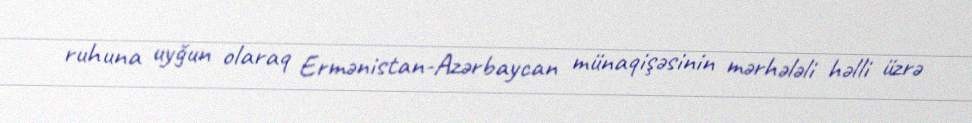
ruhuna uyğun olaraq Ermənistan-Azərbaycan münaqişəsinin mərhələli həlli üzrə